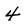
Character: 4